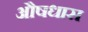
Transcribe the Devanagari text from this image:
औषधास